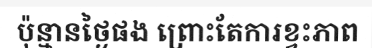
ប៉ុន្មានថ្ងៃផង ព្រោះតែការខ្វះភាព